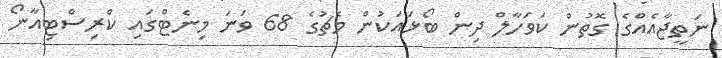
ނަތީޖާއެއްގެ ގޮތުން ކަވަހާލް ދިން ބޯޅައަކުން މެޗުގެ 68 ވަނަ މިނެޓްގައި ކްރިސްޓިއާނޯ